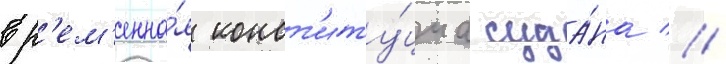
вр'ем'енна́я конст'иту́циа суда́на //